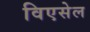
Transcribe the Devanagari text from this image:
विएसेल